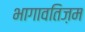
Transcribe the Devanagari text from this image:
भागावतिज़म